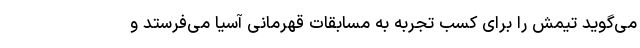
می‌گوید تیمش را برای کسب تجربه به مسابقات قهرمانی آسیا می‌فرستد و